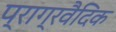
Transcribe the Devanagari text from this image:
प्राग्रवैदिक